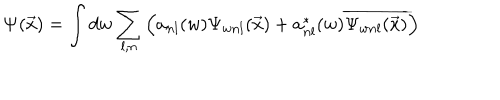
LaTeX: \mathbf { \Psi } ( \vec { x } ) = \int d w \sum _ { l , n } \left( a _ { n l } ( w ) \Psi _ { w n l } ( \vec { x } ) + a _ { n l } ^ { \ast } ( w ) \overline { { { \Psi _ { w n l } ( \vec { x } ) } } } \right)